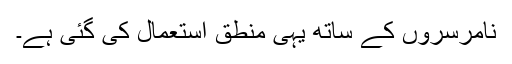
نامرسروں کے ساتھ یہی منطق استعمال کی گئی ہے۔